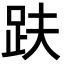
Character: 趺